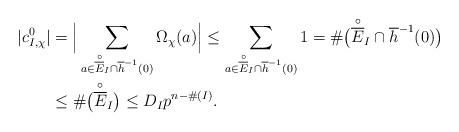
LaTeX: \begin{align*}|c_{I,\chi}^{0}|&=\Big|\sum_{a\in \overset{\circ}{\overline{E}}_{I}\cap\overline{h}^{-1}(0)}\Omega_{\chi}(a)\Big| \leq \sum_{a\in \overset{\circ}{\overline{E}}_{I}\cap\overline{h}^{-1}(0)}1 = \#\big(\overset{\circ}{\overline{E}}_{I}\cap\overline{h}^{-1}(0)\big)\\&\leq\#\big(\overset{\circ}{\overline{E}}_{I}\big) \leq D_{I}p^{n-\#(I)}.\end{align*}